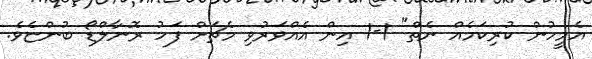
އެމީހުން ކުރިކަމެއް ނެތް" 1-1 އިން އެއްވަރުވި މެޗަށް ފަހު ރޮނާލްޑޯ ބުންޏެވެ.